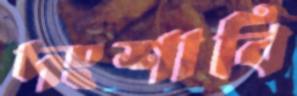
দংশাবি